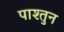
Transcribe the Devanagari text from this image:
पाश्तुन